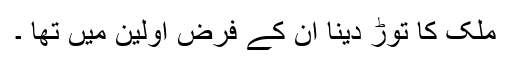
ملک کا توڑ دینا ان کے فرض اولین میں تھا ۔